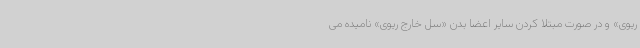
ریوی» و در صورت مبتلا کردن سایر اعضا بدن «سل خارج ریوی» نامیده می